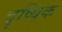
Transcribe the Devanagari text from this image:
दृष्यिक